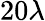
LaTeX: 20\lambda